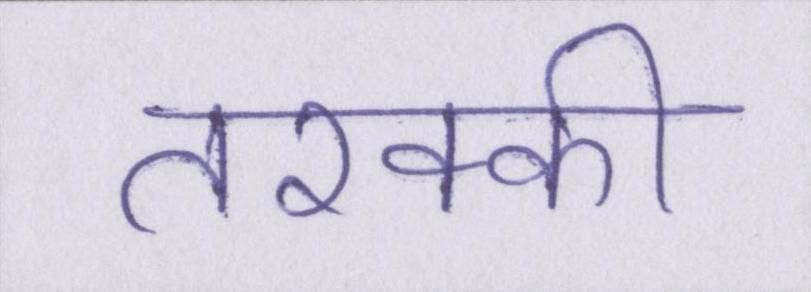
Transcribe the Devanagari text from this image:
तरक्की